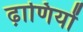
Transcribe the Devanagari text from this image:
ढ़ाणियों